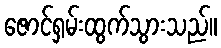
ဇောင်ရှမ်းထွက်သွားသည်။